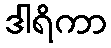
ဒါရိကာ